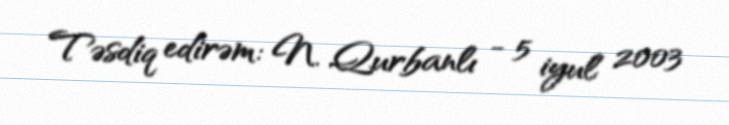
Təsdiq edirəm: N. Qurbanlı - 5 iyul 2003